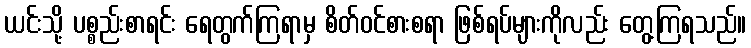
ယင်းသို့ ပစ္စည်းစာရင်း ရေတွက်ကြရာမှ စိတ်ဝင်စားစရာ ဖြစ်ရပ်များကိုလည်း တွေ့ကြရသည်။